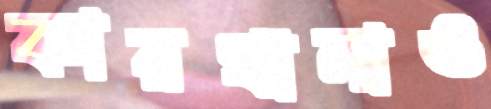
কারখানাও